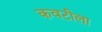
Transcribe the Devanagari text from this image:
कवटीला